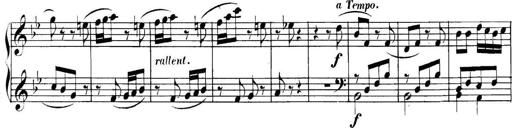
Title: Collected Piano Sonatas
Composer: Muzio Clementi